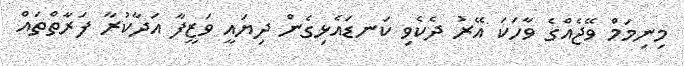
މިނިމަމް ވޭޖެއްގެ ވާހަކަ އޭރު ދެކެވި ކަނޑައެޅިގެން ދިޔައީ ވަޒީފާ އަދާކުރާ ފަރާތްތައް